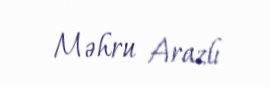
Məhru Arazlı